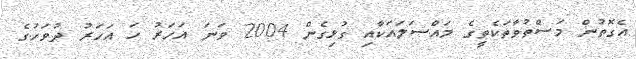
އެގޮތުން މަސްތުވާތަކެތީގެ މައްސަލައަކާއި ގުޅިގެން 2004 ވަނަ އަހަރު ހަ އަހަރު ދުވަހުގެ